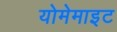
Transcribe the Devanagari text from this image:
योमेमाइट